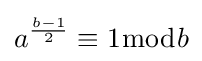
a^{\frac {b-1}{2}}\equiv 1{\bmod {b}}